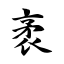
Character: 袤